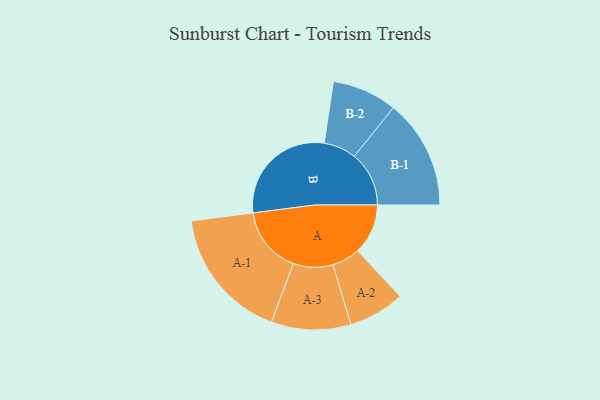
{"axis": {"x": "Segment", "y": "Value"}, "legend": ["", "A", "B"], "data": [{"x": "A", "y": 215, "type": ""}, {"x": "B", "y": 484, "type": ""}, {"x": "A-1", "y": 285, "type": "A"}, {"x": "A-2", "y": 120, "type": "A"}, {"x": "A-3", "y": 170, "type": "A"}, {"x": "B-1", "y": 234, "type": "B"}, {"x": "B-2", "y": 139, "type": "B"}]}